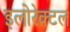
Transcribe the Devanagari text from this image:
इलोरेक्टल